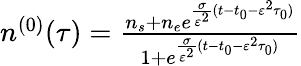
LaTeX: \begin{array}{r}{n^{(0)}(\tau)=\frac{n_{s}+n_{e}e^{\frac{\sigma}{{\varepsilon}^{2}}(t-t_{0}-{\varepsilon}^{2}\tau_{0})}}{1+e^{\frac{\sigma}{{\varepsilon}^{2}}(t-t_{0}-{\varepsilon}^{2}\tau_{0})}}}\end{array}